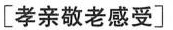
[孝亲敬老感受]